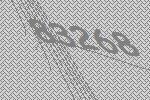
83268